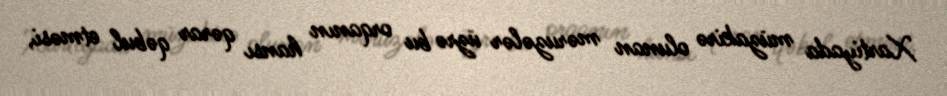
Xartiyada müzakirə olunan məruzələr üzrə bu orqanın hansı qərar qəbul etməsi,